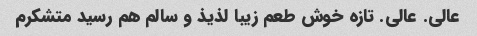
عالی. عالی. تازه خوش طعم زیبا لذیذ و سالم هم رسید متشکرم